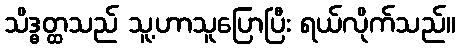
သိဒ္ဓတ္ထသည် သူ့ဟာသူပြောပြီး ရယ်လိုက်သည်။